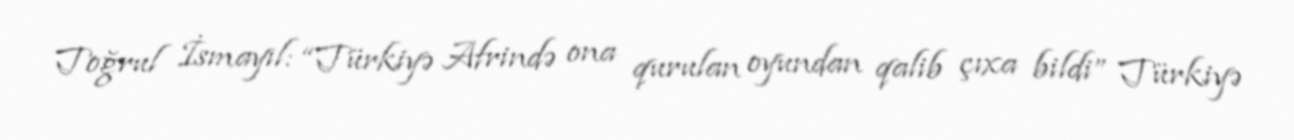
Toğrul İsmayıl: “Türkiyə Afrində ona qurulan oyundan qalib çıxa bildi” Türkiyə